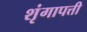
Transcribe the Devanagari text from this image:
शृंगापत्ती